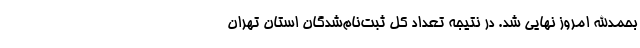
بحمدالله امروز نهایی شد. در نتیجه تعداد کل ثبت‌نام‌شدگان استان تهران